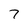
Character: 7